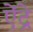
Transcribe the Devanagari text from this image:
ऐंद्रे